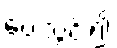
ပေးသွင်း၍